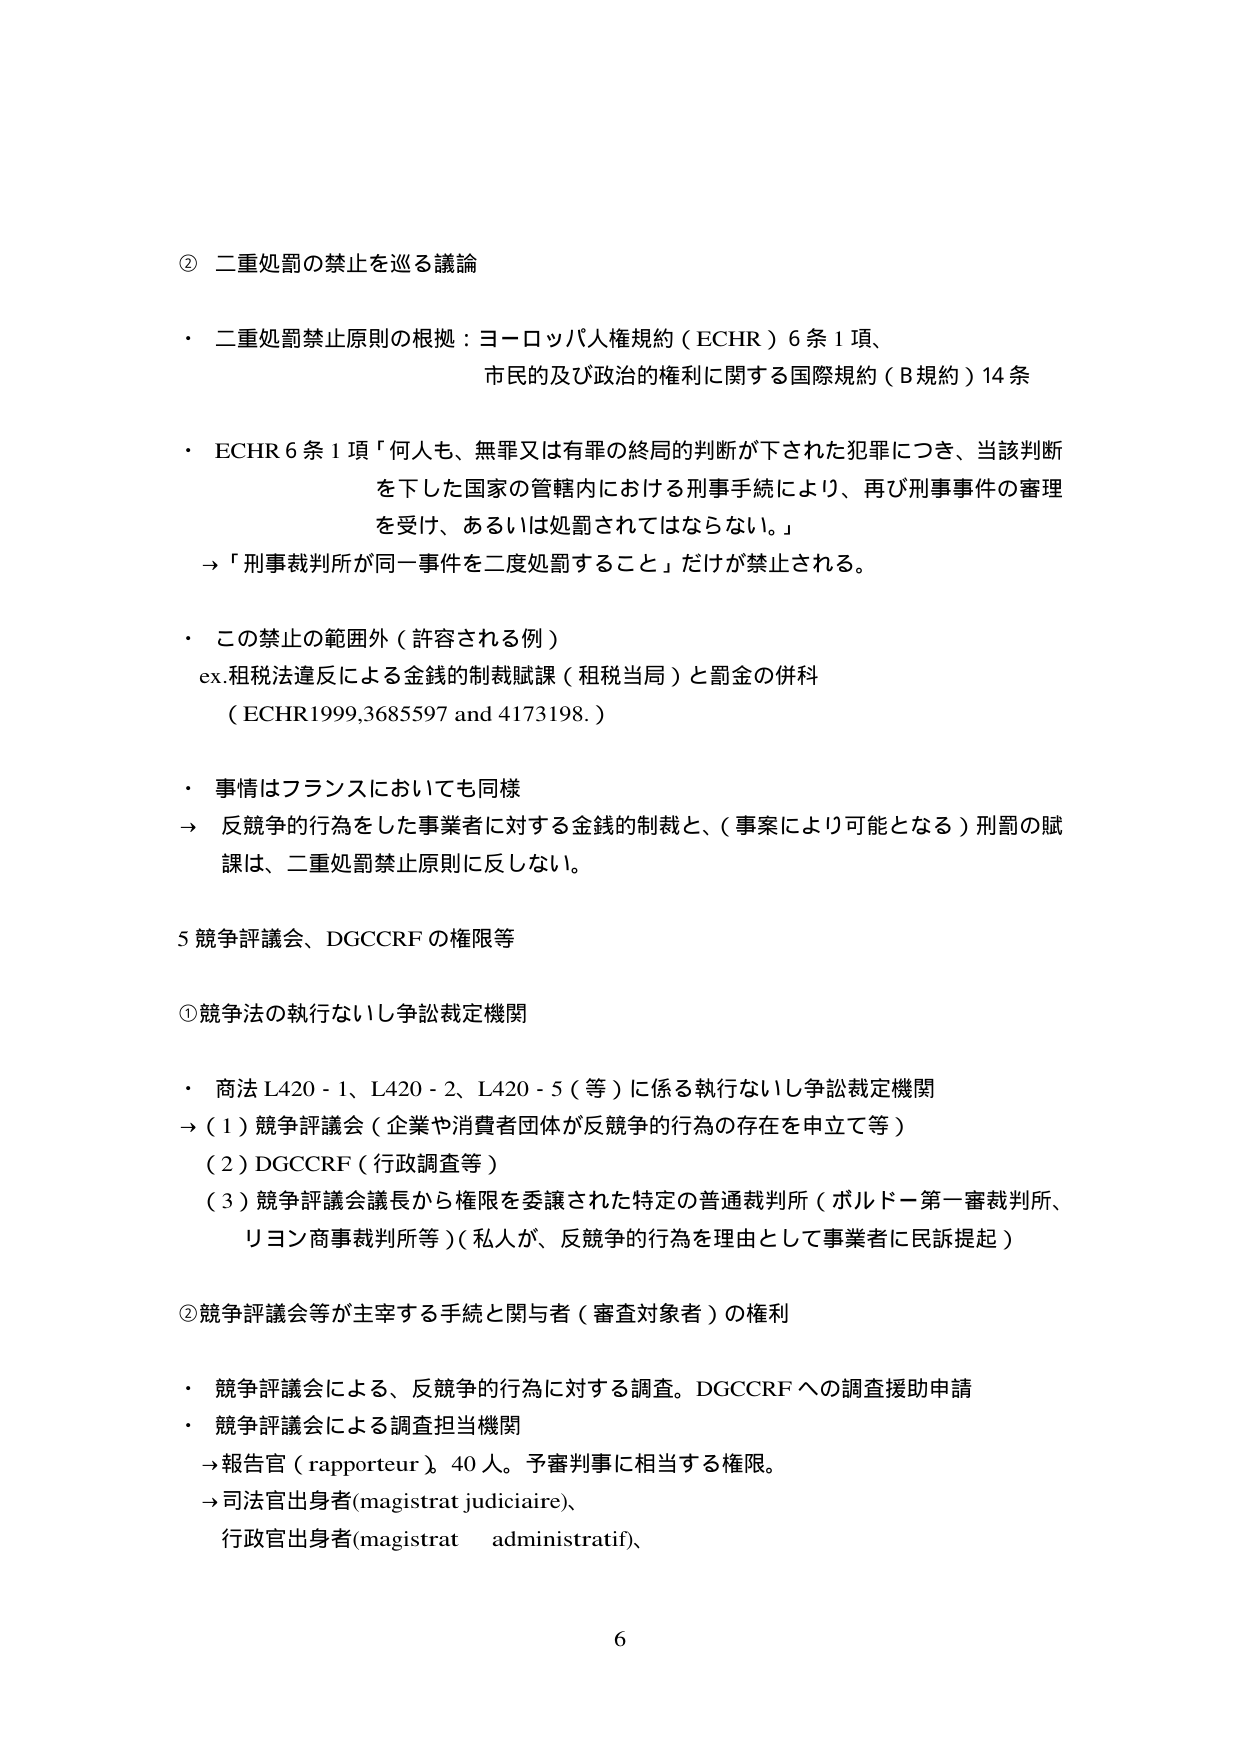
② 二重処罰の禁止を巡る議論

・ 二重処罰禁止原則の根拠：ヨーロッパ人権規約（ECHR）6条1項、
　市民的及び政治的権利に関する国際規約（B規約）14条

・ ECHR 6条1項「何人も、無罪又は有罪の終局的判断が下された犯罪につき、当該判断
　を下した国家の管轄内における刑事手続により、再び刑事事件の審理
　を受け、あるいは処罰されてはならない。」
　→「刑事裁判所が同一事件を二度処罰すること」だけが禁止される。

・ この禁止の範囲外（許容される例）
　ex.租税法違反による金銭的制裁賦課（租税当局）と罰金の併科
　（ECHR1999,3685597 and 4173198.）

・ 事情はフランスにおいても同様
　→ 反競争的行為をした事業者に対する金銭的制裁と、（事案により可能となる）刑罰の賦
　　課は、二重処罰禁止原則に反しない。

5 競争評議会、DGCCRFの権限等

①競争法の執行ないし争訟裁定機関

・ 商法 L420-1、L420-2、L420-5（等）に係る執行ないし争訟裁定機関
　→（1）競争評議会（企業や消費者団体が反競争的行為の存在を申立て等）
　　（2）DGCCRF（行政調査等）
　　（3）競争評議会議長から権限を委譲された特定の普通裁判所（ボルドー第一審裁判所、
　　　リヨン商事裁判所等）（私人が、反競争的行為を理由として事業者に民訴提起）

②競争評議会等が主宰する手続と関与者（審査対象者）の権利

・ 競争評議会による、反競争的行為に対する調査。DGCCRFへの調査援助申請
・ 競争評議会による調査担当機関
　→報告官（rapporteur）40人。予審判事に相当する権限。
　→司法官出身者(magistrat judiciaire)、
　　行政官出身者(magistrat administratif)、

6